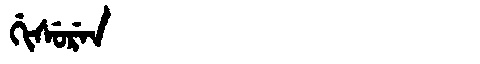
Manchu: ᡤᡳᠰᡠᡵᡝᠨ
Romanization: GISUREN